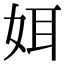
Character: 㛅